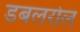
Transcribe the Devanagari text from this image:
डबलरोल